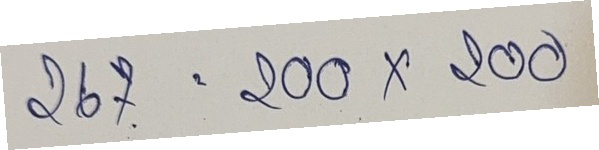
267 = 200x200